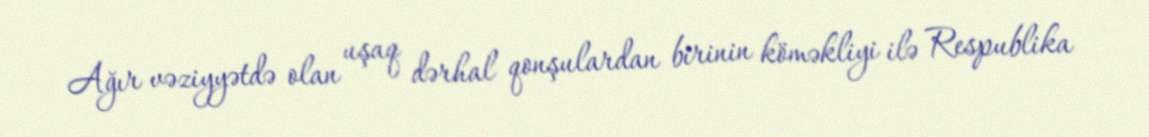
Ağır vəziyyətdə olan uşaq dərhal qonşulardan birinin köməkliyi ilə Respublika